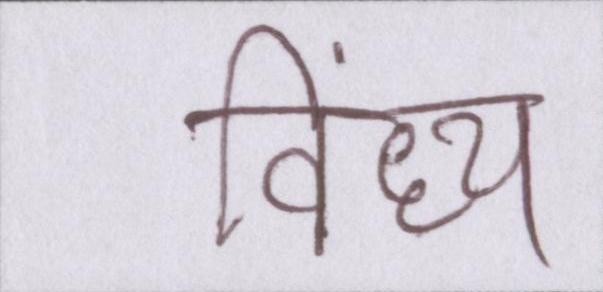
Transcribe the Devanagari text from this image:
विंध्य